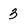
Character: 3